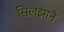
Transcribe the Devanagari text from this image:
सिलझाने